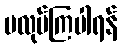
မလုပ်ကြပါရန်